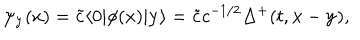
\psi _ { { \bf y } } ( x ) = \tilde { c } \langle 0 | \phi ( x ) | { \bf y } \rangle = \tilde { c } c ^ { - 1 / 2 } \Delta ^ { + } ( t , { \bf x } - { \bf y } ) ,